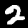
Label: 2